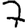
Digit: 7